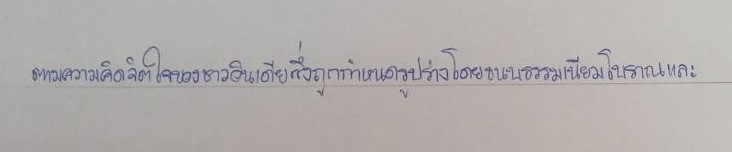
ตามความคิดจิตใจของชาวอินเดียซึ่งถูกกำหนดรูปร่างโดยขนบธรรมเนียมโบราณและ